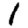
Digit: 1